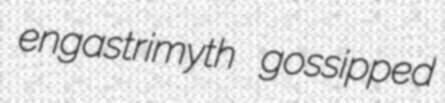
engastrimyth gossipped